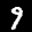
Label: 9